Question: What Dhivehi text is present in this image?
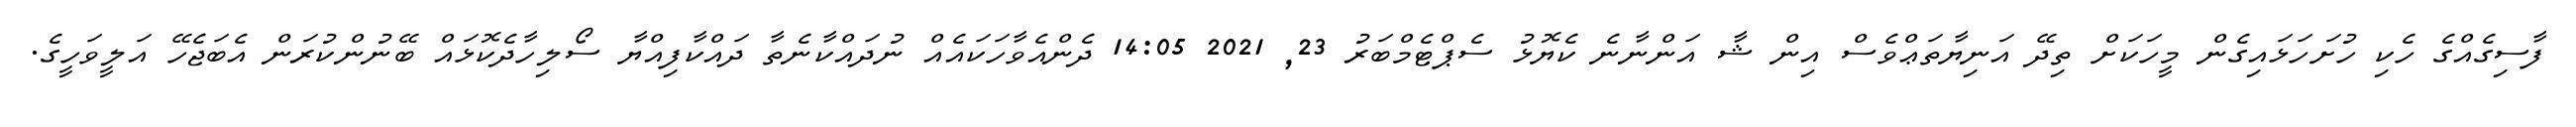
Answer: ފާސިގެއްގެ ހެކި ހުށަހަޅައިގެން މީހަކަށް ތިދޭ އަނިޔާތަޢްވެސް އިން ޝާ އަންނާނެ ކެޔޮޅު ސެޕްޓެމްބަރު 23, 2021 14:05 ދެންއެވާހަކައެއް ނުދައްކާނެތާ ދައްކާފިއްޔާ ސޯލިހާދެކޮޅައް ބޭނުންކުރަން އެބަޖެހޭ އަލީވަހީގެ.